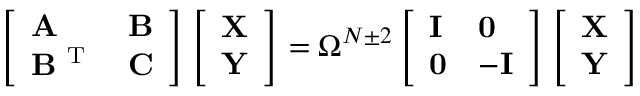
\left[ \begin{array} { l l } { \mathbf { A } } & { \mathbf { B } } \\ { \mathbf { B } ^ { \mathrm { ~ T ~ } } } & { \mathbf { C } } \end{array} \right] \left[ \begin{array} { l } { \mathbf { X } } \\ { \mathbf { Y } } \end{array} \right] = \Omega ^ { N \pm 2 } \left[ \begin{array} { l l } { \mathbf { I } } & { \mathbf { 0 } } \\ { \mathbf { 0 } } & { \mathbf { - I } } \end{array} \right] \left[ \begin{array} { l } { \mathbf { X } } \\ { \mathbf { Y } } \end{array} \right]